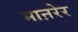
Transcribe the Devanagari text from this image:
भाऩरेर